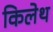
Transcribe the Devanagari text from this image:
किलेथ